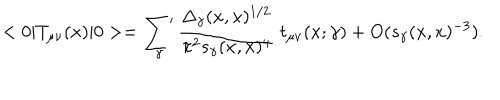
< 0 | T _ { \mu \nu } ( x ) | 0 > = \mathop { { \sum } ^ { \prime } } _ { \gamma } { \frac { \Delta _ { \gamma } ( x , x ) ^ { 1 / 2 } } { \pi ^ { 2 } s _ { \gamma } ( x , x ) ^ { 4 } } } \; t _ { \mu \nu } ( x ; \gamma ) + O ( s _ { \gamma } ( x , x ) ^ { - 3 } ) .